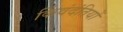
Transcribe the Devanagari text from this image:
किंवंदंतियों